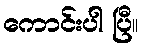
ကောင်းပါ ပြီ။